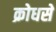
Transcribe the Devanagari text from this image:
क्रोधसे